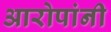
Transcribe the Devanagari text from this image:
आरोपांनी